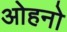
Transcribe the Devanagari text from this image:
ओहनो